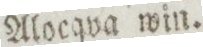
Alocqva win.